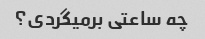
چه ساعتی برمیگردی؟